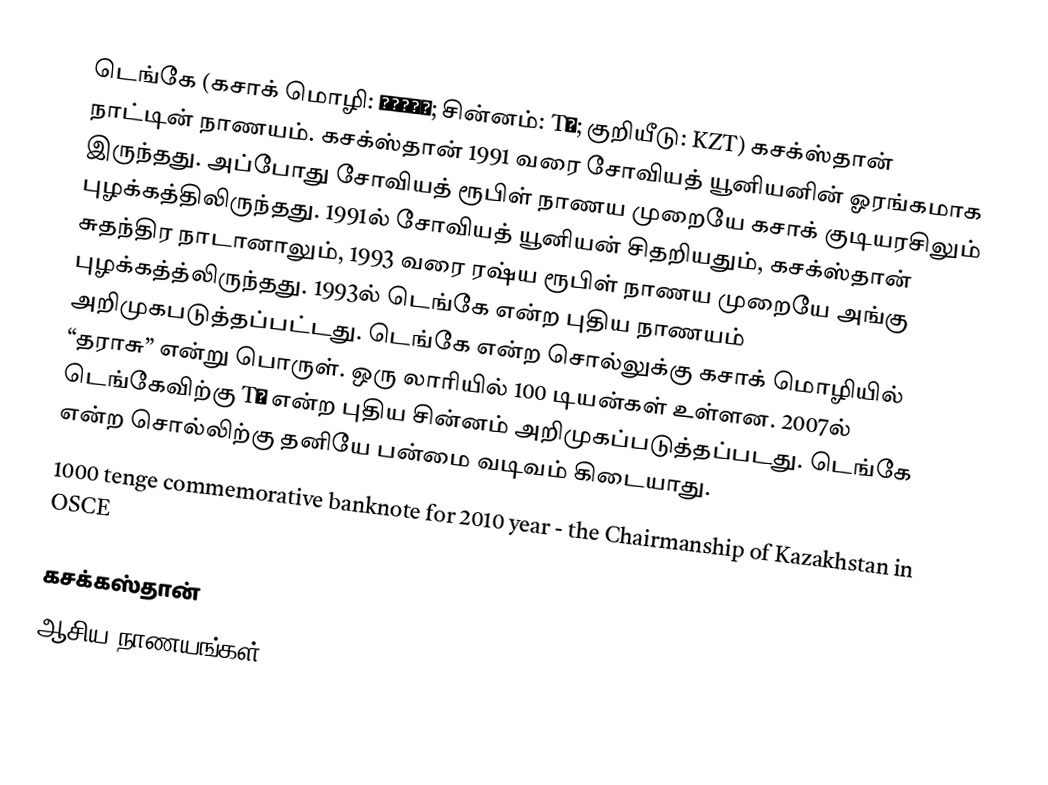
டெங்கே (கசாக் மொழி: теңге; சின்னம்: T̅; குறியீடு: KZT) கசக்ஸ்தான் நாட்டின் நாணயம். கசக்ஸ்தான் 1991 வரை சோவியத் யூனியனின் ஓரங்கமாக இருந்தது. அப்போது சோவியத் ரூபிள் நாணய முறையே கசாக் குடியரசிலும் புழக்கத்திலிருந்தது. 1991ல் சோவியத் யூனியன் சிதறியதும், கசக்ஸ்தான் சுதந்திர நாடானாலும், 1993 வரை ரஷ்ய ரூபிள் நாணய முறையே அங்கு புழக்கத்த்லிருந்தது. 1993ல் டெங்கே என்ற புதிய நாணயம் அறிமுகபடுத்தப்பட்டது. டெங்கே என்ற சொல்லுக்கு கசாக் மொழியில் “தராசு” என்று பொருள். ஒரு லாரியில் 100 டியன்கள் உள்ளன. 2007ல் டெங்கேவிற்கு T̅ என்ற புதிய சின்னம் அறிமுகப்படுத்தப்படது. டெங்கே என்ற சொல்லிற்கு தனியே பன்மை வடிவம் கிடையாது.
 1000 tenge commemorative banknote for 2010 year - the Chairmanship of Kazakhstan in OSCE

கசக்கஸ்தான்
ஆசிய நாணயங்கள்